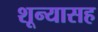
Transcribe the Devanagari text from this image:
शून्यासह